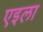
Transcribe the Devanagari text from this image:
एइला